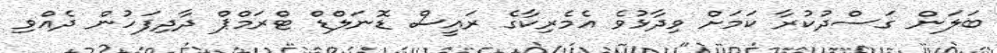
ބަލަން ގަސްދުކުރާ ކަމަށް ވިދާޅުވެ އެމެރިކާގެ ރައީސް ޑޮނަލްޑް ޓްރަމްޕް ދާދިފަހުން ދެއްވި